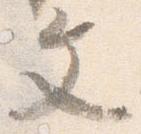
文